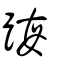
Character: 踇